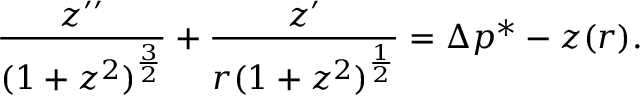
{ \frac { z ^ { \prime \prime } } { ( 1 + z ^ { 2 } ) ^ { \frac { 3 } { 2 } } } } + { \frac { z ^ { \prime } } { r ( 1 + z ^ { 2 } ) ^ { \frac { 1 } { 2 } } } } = \Delta p ^ { * } - z ( r ) .